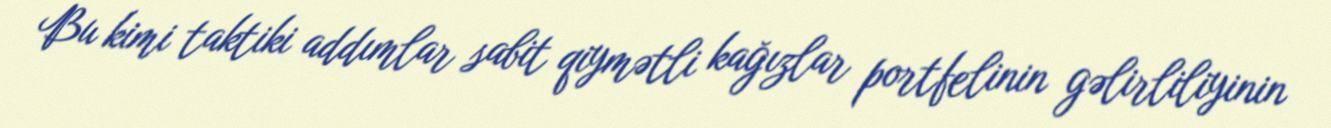
Bu kimi taktiki addımlar sabit qiymətli kağızlar portfelinin gəlirliliyinin